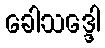
ခေါသဒ္ဒေါ